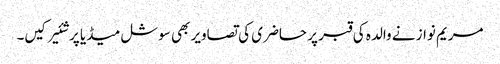
مریم نواز نے والدہ کی قبر پر حاضری کی تصاویر بھی سوشل میڈیا پر شئیر کیں۔